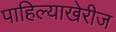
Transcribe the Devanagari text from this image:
पाहिल्याखेरीज